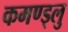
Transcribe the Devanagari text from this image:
कमण्ड्लु